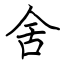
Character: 舍